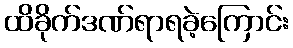
ထိခိုက်ဒဏ်ရာရခဲ့ကြောင်း